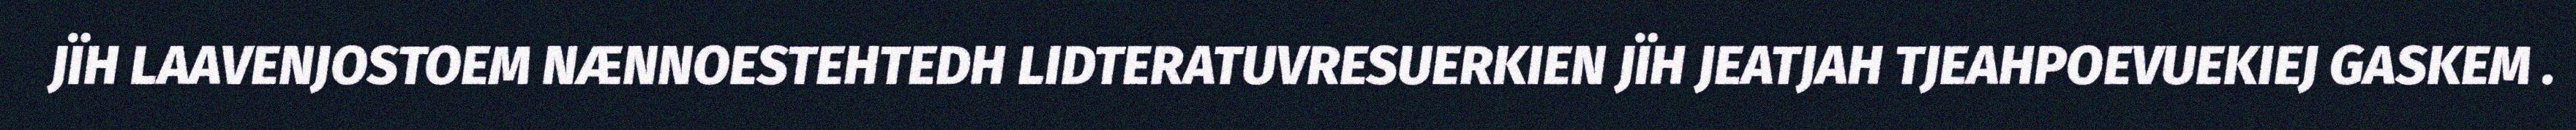
JÏH LAAVENJOSTOEM NÆNNOESTEHTEDH LIDTERATUVRESUERKIEN JÏH JEATJAH TJEAHPOEVUEKIEJ GASKEM .